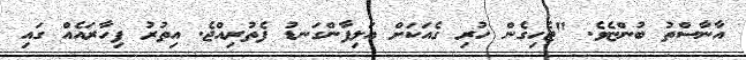
އާނާސްތު ބުންޏެވެ. "ޖެހިގެން ހުރި ގެއަކަށް އަލިފާންގަނޑު ފެތުރިއްޖެ. އިތުރު ފިހާރައެއް ގައި